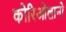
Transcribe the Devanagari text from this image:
कोरिओलानो